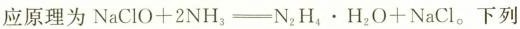
应原理为NaClO+2NH_{3} \xlongequal[]{} N_{2}H_{4} \bullet H_{2}O+NaCl。下列